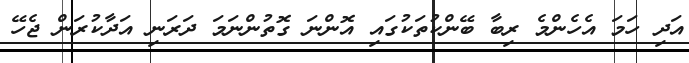
އަދި ހަމަ އެހެންމެ ރިބާ ބޭންކުތަކުގައި އޮންނަ ގޮތުންނަމަ ދަރަނި އަދާކުރަން ޖެހޭ